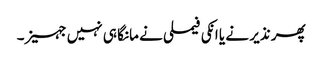
پھر نذیر نے یا انکی فیملی نے مانگا ہی نہیں جہیز۔